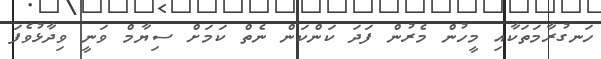
ހަނގުރާމަތަކާއި މީހުން މެރުން ފަދަ ކަންކަން ނެތް ކަމަށް ސިޔާމް ވަނީ ވިދާޅުވެފަ